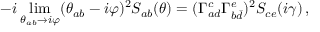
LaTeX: - i \operatorname * { l i m } _ { \theta _ { a b } \rightarrow i \varphi } ( \theta _ { a b } - i \varphi ) ^ { 2 } S _ { a b } ( \theta ) = ( \Gamma _ { a d } ^ { c } \Gamma _ { b \bar { d } } ^ { e } ) ^ { 2 } S _ { c e } ( i \gamma ) \, ,